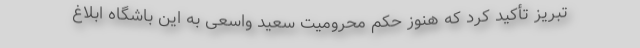
تبریز تأکید کرد که هنوز حکم محرومیت سعید واسعی به این باشگاه ابلاغ